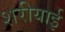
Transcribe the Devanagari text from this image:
शरीयाई